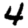
Digit: 4